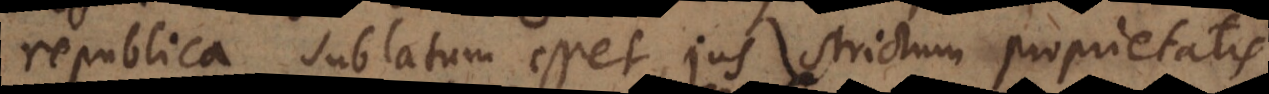
republica sublatum esset, jus strictum proprietatis,